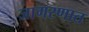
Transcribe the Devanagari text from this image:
जागरणात